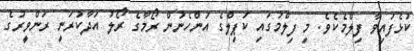
ކުޅެފައިވާ ފިލްމެކެވެ. މި ފިލްމުގައި ކަޕިލްގެ އަންހެނުން ރޯމާގެ ރޯލު އަދާކުރަނީ ރަންވީރުގެ